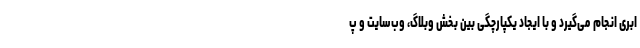
ابری انجام می‌گیرد و با ایجاد یکپارچگی بین بخش وبلاگ، وب‌سایت و پ